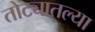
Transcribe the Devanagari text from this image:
तोट्यातल्या